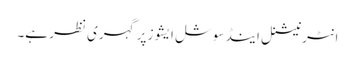
انٹرنیشنل اینڈ سوشل ایشوز پر گہری نظر ہے۔